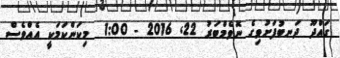
ގައްދޫ ދަނބުފަށުވިގެ ނޮވެމްބަރު 22